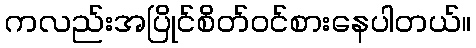
ကလည်းအပြိုင်စိတ်ဝင်စားနေပါတယ်။